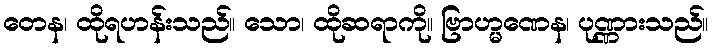
တေန၊ ထိုရဟန်းသည်။ သော၊ ထိုဆရာကို။ ဗြာဟ္မဏေန၊ ပုဏ္ဏားသည်။